Medical and sanitary report of the native army of Bengal for the year
Year: 1875
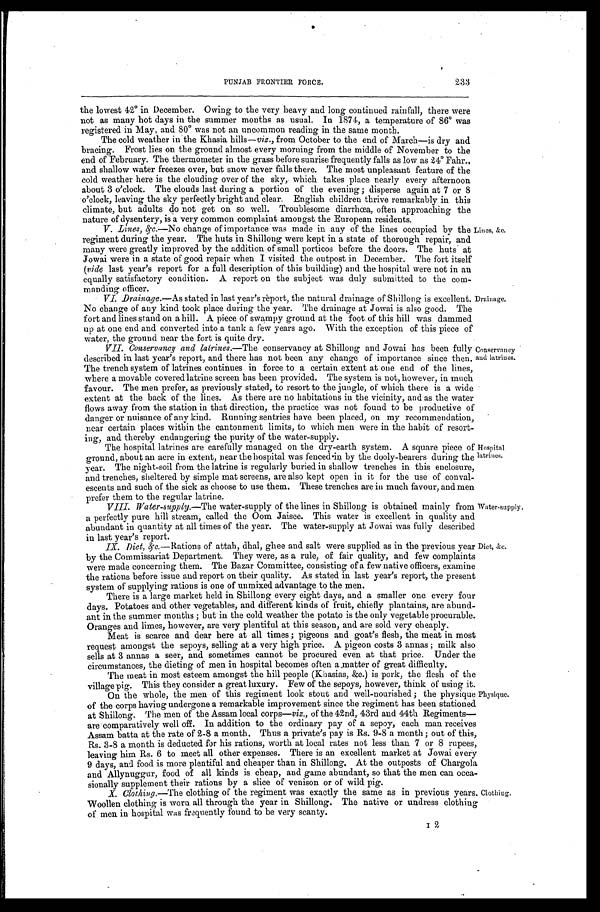
233
PUNJAB FRONTIER FORCE.
the lowest 42° in December. Owing to the very heavy and long continued rain fall, there were
not as many hot days in the summer months as usual. In 1874, a temperature of 86° was
registered in May, and 80° was not an uncommon reading in the same month.
The cold weather in the Khasia hills—viz., from October to the end of March—is dry and
bracing. Frost lies on the ground almost every morning from the middle of November to the
end of February. The thermometer in the grass before sunrise frequently falls as low as 24° Fahr.,
and shallow water freezes over, but snow never falls there. The most unpleasant feature of the
cold weather here is the clouding over of the sky, which takes place nearly every afternoon
about 3 o'clock. The clouds last during a portion of the evening; disperse again at 7 or
8 o ' c l o c k , l e a v i n g t h e s k y p e r f e c t l y b r i g h t a n d c l e a r . E n g l i s h c h i l d r e n t h r i v e r e m a r k a b l y i n t h i s
climate, but adults do not get on so well. Troublesome diarrhœa, often approaching the
nature of dysentery, is a very common complaint amongst the European residents.
V. Lines, &c.—No change of importance was made in any of the lines occupied by the
regiment during the year. The huts in Shillong were kept in a state of thorough repair, and
many were greatly improved by the addition of small porticos before the doors. The huts at
Jowai were in a state of good repair when I visited the outpost in December. The fort itself
(vide last year's report for a full description of this building) and the hospital were not in an
equally satisfactory condition. A report on the subject was duly submitted to the com-
manding officer.
VI Drainage.—As s t a t e d i n l a s t y e a r ' s r é p o r t , t h e n a t u r a l d r a i n a g e o f S h i l l o n g i s e x c e l l e n t .
No change of any kind took place during the year. The drainage at Jowai is also good. The
fort and lines stand on a hill. A piece of swampy ground at the foot of this hill was dammed
up at one end and converted into a tank a few years ago. With the exception of this piece of
water, the ground near the fort is quite dry.
Lines, &c.
Drainage.
VII. Conservancy and latrines. — T h e
c o n s e r v a n c y a t S h i l l o n g a n d J o w a i h a s b e e n f u l l y
described in last year's report, and there has not been any change of importance since then.
The trench system of latrines continues in force to a certain extent at one end of the lines,
where a movable covered latrine screen has been provided. The system is not, however, in much
favour. The men prefer, as previously stated, to resort to the jungle, of which there is a wide
extent at the back of the lines. As there are no habitations in the vicinity, and as the water
flows away from the station in that direction, the practice was not found to be productive of
danger or nuisance of any kind. Running sentries have been placed, on my recommendation,
near certain places within the cantonment limits, to which men were in the habit of resort
- i n g , a n d t h e r e b y e n d a n g e r i n g t h e p u r i t y o f t h e w a t e r - s u p p l y .
The hospital latrines are carefully managed on the dry-earth system. A square piece of
ground, about an acre in extent, near the hospital was fenced in by the dooly-bearers during the
year. The night-soil from the latrine is regularly buried in shallow trenches in this enclosure,
and trenches, sheltered by simple mat screens, are also kept open in it for the use of conval
- e s c e n t s a n d s u c h o f t h e s i c k a s c h o o s e t o u s e t h e m . T h e s e t r e n c h e s a r e i n m u c h f a v o u r , a n d m e n
prefer them to the regular latrine.
VIII. Water-supply. —The w a t e r - s u p p l y o f t h e l i n e s i n S h i l l o n g i s o b t a i n e d m a i n l y f r o m
a perfectly pure hill stream, called the Oom Jaisee. This water is excellent in quality and
abundant in quantity at all times of the year. The water-supply at Jowai was fully described
in last year's report.
Conservancy
and latrines.
Hospital
latrines.
Water-supply.
XI. Diet, &c.—Rations of attah, dhal, ghee and salt were supplied as in the previous year
by the Commissariat Department. They were, as a rule, of fair quality, and few complaints
were made concerning them. The Bazar Committee, consisting of a few native officers, examine
the rations before issue and report on their quality. As stated in last year's report, the present
system of supplying rations is one of unmixed advantage to the men.
There is a large market held in Shillong every eight days, and a smaller one every four
days. Potatoes and other vegetables, and different kinds of fruit, chiefly plantains, are abund
- a n t i n t h e s u m m e r m o n t h s ; b u t i n t h e c o l d w e a t h e r t h e p o t a t o i s t h e o n l y v e g e t a b l e p r o c u r a b l e .
Oranges and limes, however, are very plentiful at this season, and are sold very cheaply.
Meat is scarce and dear here at all times; pigeons and goat's flesh, the meat in most
request amongst the sepoys, selling at a very high price. A pigeon costs 3 annas; milk also
sells at 3 annas a seer, and sometimes cannot be procured even at that price. Under the
circumstances, the dieting of men in hospital becomes often a matter of great difficulty.
The meat in most esteem amongst the hill people (Khasias, &c.) is pork, the flesh of the
village pig. This they consider a great luxury. Few of the sepoys, however, think of using it.
On the whole, the men of this regiment look stout and well-nourished; the physique
of the corps having undergone a remarkable improvement since the regiment has been stationed
at Shillong. The men of the Assam local corps— viz., of the 42nd, 43rd and 44th Regiments—
are comparatively well off. In addition to the ordinary pay of a sepoy, each man receives
Assam batta at the rate of 2-8 a month, Thus a private's pay is Rs. 9–8 a month; out of this,
Rs. 3-8 a month is deducted for his rations, worth at local rates not less than 7 or 8 rupees,
leaving him Rs. 6 to meet all other expenses. There is an excellent market at Jowai every
9 days, and food is more plentiful and cheaper than in Shillong. At the outposts of Chargola
and Allynuggur, food of all kinds is cheap, and game abundant, so that the men can occa
- s i o n a l l y s u p p l e m e n t t h e i r r a t i o n s b y a s l i c e o f v e n i s o n o r o f w i l d p i g .
X. Clothing. —The clothing of the regiment was exactly the same as in previous years.
Woollen clothing is worn all through the year in Shillong. The native or undress clothing
of men in hospital was frequently found to be very scanty.
Diet, &c.
Physique.
Clothing.
I 2